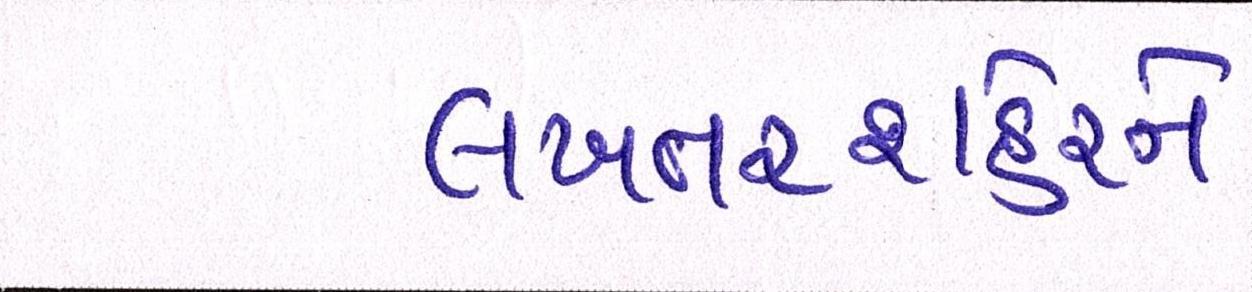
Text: લખતરશહેરને